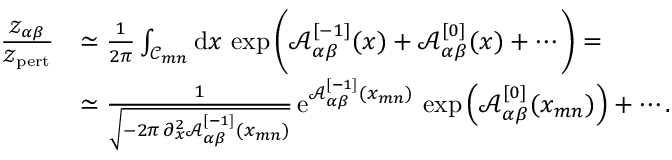
\begin{array} { r l } { \frac { { \mathscr Z } _ { \alpha \beta } } { { \mathscr Z } _ { \mathrm { p e r t } } } } & { \simeq \frac { 1 } { 2 \pi } \int _ { { \mathcal C } _ { m n } } \mathrm { d } x \, \exp \Bigg ( { \mathcal A } _ { \alpha \beta } ^ { [ - 1 ] } ( x ) + { \mathcal A } _ { \alpha \beta } ^ { [ 0 ] } ( x ) + \cdots \Bigg ) = } \\ & { \simeq \frac { 1 } { \sqrt { - 2 \pi \, \partial _ { x } ^ { 2 } { \mathcal A } _ { \alpha \beta } ^ { [ - 1 ] } ( x _ { m n } ) } } \, { \mathrm { e } } ^ { { \mathcal A } _ { \alpha \beta } ^ { [ - 1 ] } ( x _ { m n } ) } \, \exp \left( { \mathcal A } _ { \alpha \beta } ^ { [ 0 ] } ( x _ { m n } ) \right) + \cdots . } \end{array}